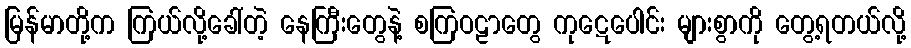
မြန်မာတို့က ကြယ်လို့ခေါ်တဲ့ နေကြီးတွေနဲ့ စကြဝဠာတွေ ကုဋေပေါင်း များစွာကို တွေ့ရတယ်လို့